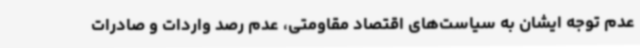
عدم توجه ایشان به سیاست‌های اقتصاد مقاومتی، عدم رصد واردات و صادرات